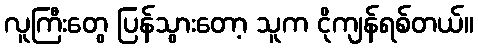
လူကြီးတွေ ပြန်သွားတော့ သူက ငိုကျန်ရစ်တယ်။